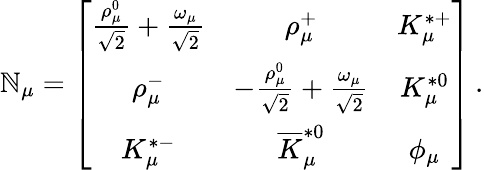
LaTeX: \mathbb{N}_{\mu}=\left[\begin{array}{ccc}{{{\frac{\rho_{\mu}^{0}}{\sqrt{2}}}+{\frac{\omega_{\mu}}{\sqrt{2}}}}}&{{\rho_{\mu}^{+}}}&{{K_{\mu}^{*+}}}\\ {{\rho_{\mu}^{-}}}&{{-{\frac{\rho_{\mu}^{0}}{\sqrt{2}}}+{\frac{\omega_{\mu}}{\sqrt{2}}}}}&{{K_{\mu}^{*0}}}\\ {{K_{\mu}^{*-}}}&{{\overline{{K}}_{\mu}^{*0}}}&{{\phi_{\mu}}}\end{array}\right]\, .